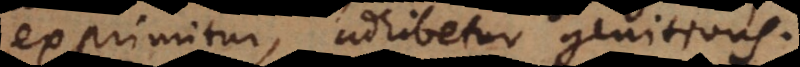
exprimitur, adhibetur genitivus.